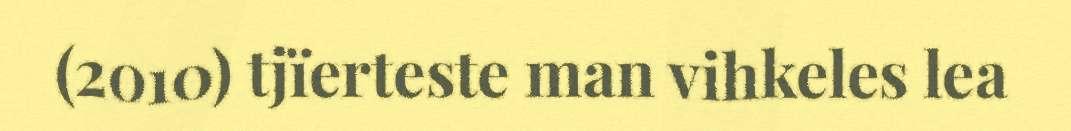
(2010) tjïerteste man vihkeles lea